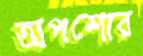
অপশোর